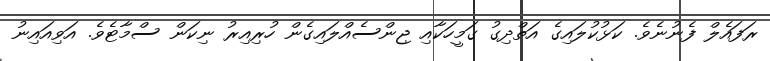
ރަފައެލް ފެނުނެވެ. ކަޅުކުލައިގެ އަތްދިގު ގަމީހަކާއި ޖިންސެއްލައިގެން ހުރިއިރު ނިކަން ސްމާޓެވެ. އަވިއައިނު